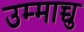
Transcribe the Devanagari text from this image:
उम्माच्चु